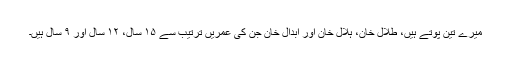
میرے تین پوتے ہیں، طلال خان، ہلال خان اور ابدال خان جن کی عمریں ترتیب سے ۱۵ سال، ۱۲ سال اور ۹ سال ہیں۔